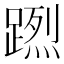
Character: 𨃻